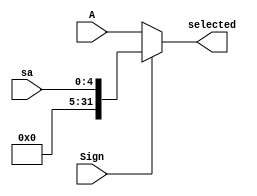
`timescale 1ns / 1ps
//////////////////////////////////////////////////////////////////////////////////
// Company: 
// Engineer: 
// 
// Design Name: 
// Module Name: ALUSrcAsel
// Project Name: 
// Target Devices: 
// Tool Versions: 
// Description: 
// 
// Dependencies: 
// 
// Revision:
// Revision 0.01 - File Created
// Additional Comments:
// 
//////////////////////////////////////////////////////////////////////////////////


module ALUSrcAsel(
    input [31:0] A,
    input [4:0] sa,  
    input Sign,  
    output [31:0] selected);  
    
    assign selected = Sign? {{27{1'b0}}, sa} : A;
endmodule